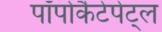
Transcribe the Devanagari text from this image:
पॉपोकैटेपेट्ल